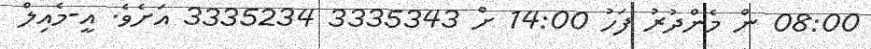
08:00 ން މެންދުރު ފަހު 14:00 ށް 3335343 3335234 އަށެވެ. އީ-މެއިލް